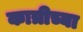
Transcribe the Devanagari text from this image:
कात्रीच्या